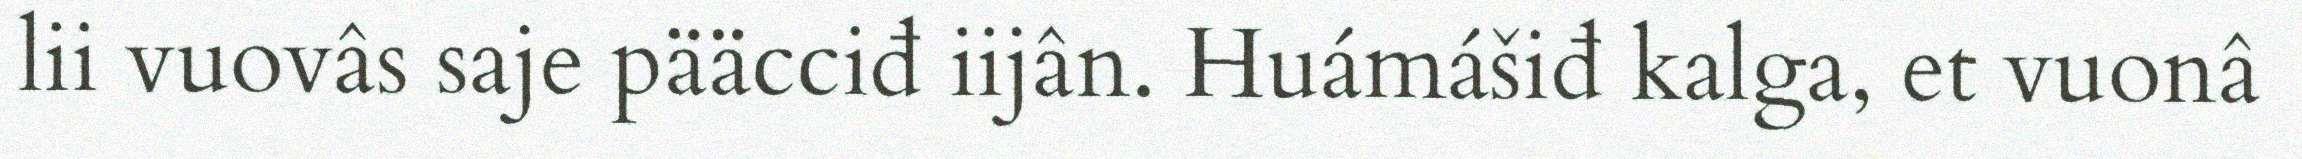
lii vuovâs saje pääcciđ iijân. Huámášiđ kalga, et vuonâ